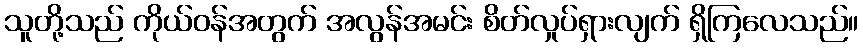
သူတို့သည် ကိုယ်ဝန်အတွက် အလွန်အမင်း စိတ်လှုပ်ရှားလျက် ရှိကြလေသည်။